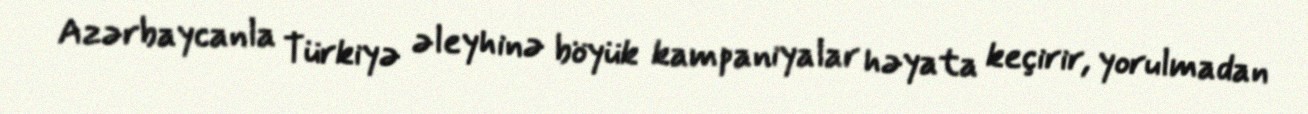
Azərbaycanla Türkiyə əleyhinə böyük kampaniyalar həyata keçirir, yorulmadan